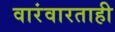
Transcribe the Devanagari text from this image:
वारंवारताही